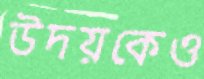
উদয়কেও